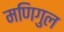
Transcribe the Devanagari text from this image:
मणिगुल